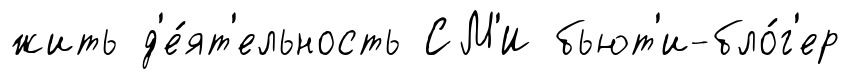
жить д'е́ят'ельность СМ'И бьют'и-бло́г'ер